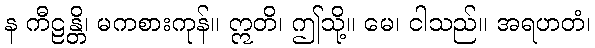
န ကီဠန္တိ၊ မကစားကုန်။ ဣတိ၊ ဤသို့။ မေ၊ ငါသည်။ အရဟတံ၊